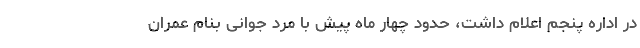
در اداره پنجم اعلام داشت، حدود چهار ماه پیش با مرد جوانی بنام عمران